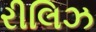
રીલિઝ